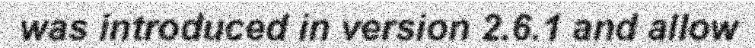
was introduced in version 2.6.1 and allow